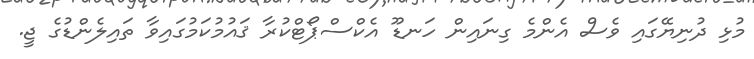
މުޅި ދުނިޔޭގައި ވެސް އެންމެ ގިނައިން ހަނޑޫ އެކްސްޕޯޓްކުރާ ޤައުމުކަމުގައިވާ ތައިލެންޑުގެ ޖީ.